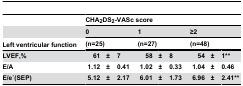
<table><thead><tr><td></td><td colspan="9"><b>CHA<sub>2</sub>DS<sub>2</sub>-VASc score</b></td></tr><tr><td></td><td colspan="3"><b>0</b></td><td colspan="3"><b>1</b></td><td colspan="3"><b>≥2</b></td></tr><tr><td><b>Left ventricular function</b></td><td colspan="3"><b>(n=25)</b></td><td colspan="3"><b>(n=27)</b></td><td colspan="3"><b>(n=48)</b></td></tr></thead><tbody><tr><td><b>LVEF,%</b></td><td><b>61</b></td><td><b>±</b></td><td><b>7</b></td><td><b>58</b></td><td><b>±</b></td><td><b>8</b></td><td><b>54</b></td><td><b>±</b></td><td><b>1**</b></td></tr><tr><td><b>E/A</b></td><td><b>1.12</b></td><td><b>±</b></td><td><b>0.41</b></td><td><b>1.02</b></td><td><b>±</b></td><td><b>0.33</b></td><td><b>1.04</b></td><td><b>±</b></td><td><b>0.46</b></td></tr><tr><td><b>E/e`(SEP)</b></td><td><b>5.12</b></td><td><b>±</b></td><td><b>2.17</b></td><td><b>6.01</b></td><td><b>±</b></td><td><b>1.73</b></td><td><b>6.96</b></td><td><b>±</b></td><td><b>2.41**</b></td></tr></tbody></table>